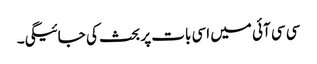
سی سی آئی میں اسی بات پر بحث کی جائیگی۔